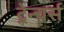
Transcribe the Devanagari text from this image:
ट्रेन्चर्स